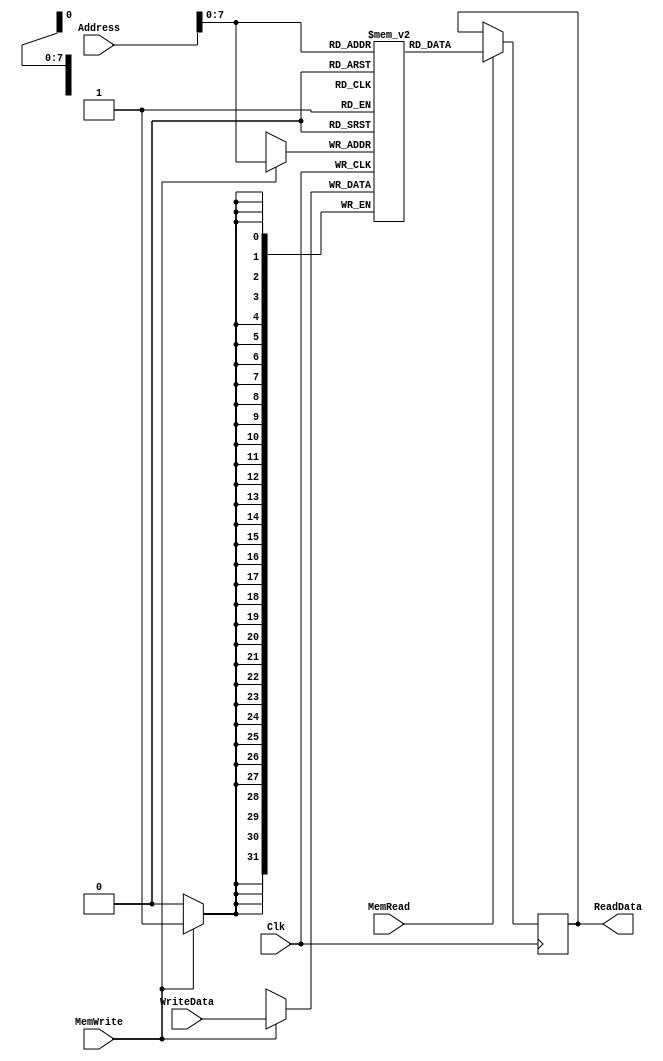
`timescale 1ns / 1ps

////////////////////////////////////////////////////////////////////////////////
// Arquitetura de Sistemas Digitais
// Laboratrio 3
//
// ENTRADAS:-
// Address: Endereo de 32 bits usado para acessar a memria;
// WriteData: Valor de 32 bits, usado para escrever na memria;
// Clk: Clock para sincronizao;
// MemWrite: Sinal de controle, s h escrita quando alto.
// MemRead: Sinal de controle, s h leitura quando alto.
//
// SADAS:-
// ReadData: Sada de 32 bits com a informao passada no endereo Address.
//
// Baseado no trabalho de archisman-dey
////////////////////////////////////////////////////////////////////////////////

module DataMemory #(
	parameter BITS_SIZE = 32,
	parameter MEMORY_SIZE = 256
	) (Address, WriteData, Clk, MemWrite, MemRead, ReadData);

    input [BITS_SIZE - 1:0] Address; 	// Endereo de acesso 
    input [BITS_SIZE - 1:0] WriteData; // Data de 32 bits a ser escrita na memoria
    input Clk;
    input MemWrite; 	
    input MemRead; 		

    output reg[BITS_SIZE - 1:0] ReadData; // Sada da leitura

    reg 	[BITS_SIZE - 1:0] 	Memory[0:MEMORY_SIZE - 1];
      
   		always 	@(posedge Clk)		   //Memory write
   		begin
   		
			if (MemWrite==1) begin

   				Memory[Address] = WriteData;
			end
   		end
   		
   		always @(posedge Clk) //Address or MemRead
   		begin	
   			if	(MemRead == 1) begin
				
				ReadData = Memory[Address];
			end				
   		end 
   		
endmodule